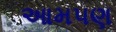
આમપણ